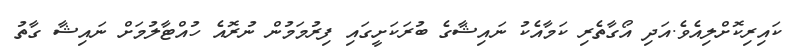
ކައިރިކޮށްލިއެވެ.އަދި އޯގާތެރި ކަމާއެކު ނައިޝާގެ ބުރަކަށީގައި ފިރުމަމުން ނުރޮއެ ހުއްޓާލުމަށް ނައިޝާ ގާތު